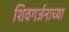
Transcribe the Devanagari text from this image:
शिवगर्जनाच्या